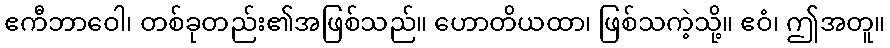
ဧကီဘာဝေါ၊ တစ်ခုတည်း၏အဖြစ်သည်။ ဟောတိယထာ၊ ဖြစ်သကဲ့သို့။ ဧဝံ၊ ဤအတူ။